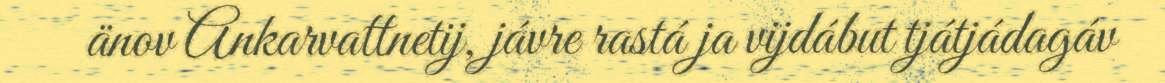
änov Ankarvattnetij, jávre rastá ja vijdábut tjátjádagáv